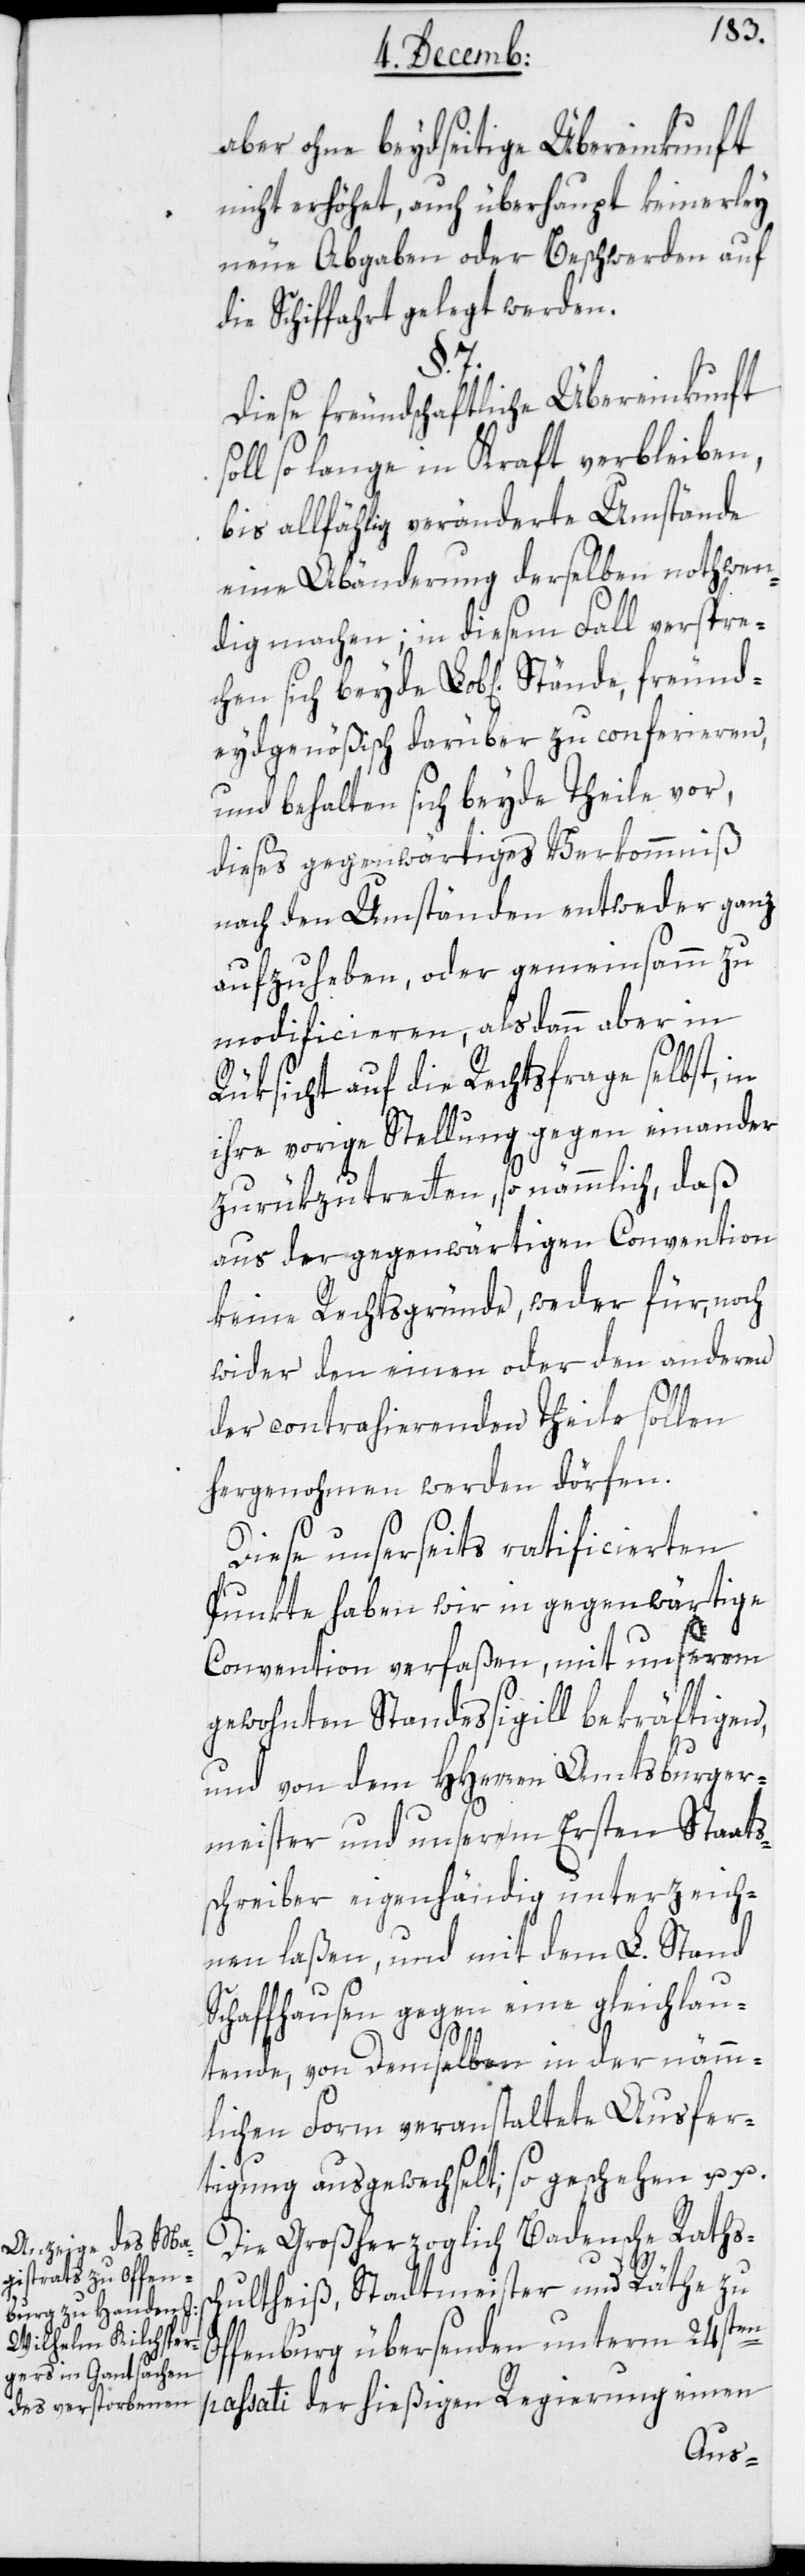
aber ohne beydseitige Übereinkunft
nicht erhöhet, auch überhaupt keinerlei
neue Abgaben oder Beschwerden auf
die Schiffahrt gelegt werden.
§. 7.
Diese freundschaftliche Übereinkunft
soll so lange in Kraft verbleiben,
bis allfällig veränderte Umstände
eine Abänderung derselben nothwen¬
dig machen; in diesem Fall versprec¬
deydgenößisch darüber zu conferieren,
und behalten sich beyde Theile vor,
dieses gegenwärtiges Verkommniß
nach den Umständen entweder ganz
aufzuheben, oder gemeinsamm zu
modificieren, alsdann aber in
Rüksicht auf die Rechtsfrage selbst, in
ihre vorige Stellung gegen einander
zurükzutreten, so nämmlich, daß
aus der gegenwärtigen Convention
keine Rechtsgründe, weder für, noch
wider den einen oder den anderen
der contrahierenden Theile sollen
hergenohmen werden dörfen.
Diese unserseits ratificierten
Punkte haben wir in gegenwärtige
Convention verfaßen, mit unserem
gewohnten Standessigill bekräftigen,
und von dem HHerren Amtsburger¬
meister und unserem Ersten Staats¬
schreiber eigenhändig unterzeich¬
nen laßen, und mit dem L. Stand
Schaffhausen gegen eine gleichlau¬
etc.
tende, von Denselben in der nämm¬
lichen Form veranstaltete Ausfer¬
tigung ausgewechselt. So geschehen etc.
Die Großherzoglich Badensche Ratssc¬
hultheiß, Stadtmeister und Räthe zu
O¬
ffenburg übersenden unterm 24sten
passati der hießigen Regierung einen